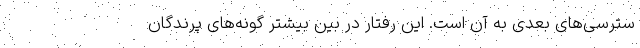
سترسی‌های بعدی به آن است. این رفتار در بین بیشتر گونه‌های پرندگان